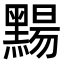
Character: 䵮